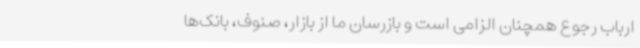
ارباب رجوع همچنان الزامی است و بازرسان ما از بازار، صنوف، بانک‌ها